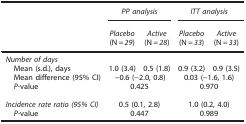
|  | <COLSPAN=2> PP analysis | <COLSPAN=2> ITT analysis |
 |  | Placebo (N=29) | Active (N=28) | Placebo (N=33) | Active (N=33) |
 | --- | --- | --- | --- | --- |
 | <COLSPAN=5> Number of days |
 | Mean (s.d.), days | 1.0 (3.4) | 0.5 (1.8) | 0.9 (3.2) | 0.9 (3.5) |
 | Mean difference (95% CI) | <COLSPAN=2> −0.6 (−2.0, 0.8) | <COLSPAN=2> 0.03 (−1.6, 1.6) |
 | P-value | <COLSPAN=2> 0.425 | <COLSPAN=2> 0.970 |
 |  |  |  |  |  |
 | Incidence rate ratio (95% CI) | <COLSPAN=2> 0.5 (0.1, 2.8) | <COLSPAN=2> 1.0 (0.2, 4.0) |
 | P-value | <COLSPAN=2> 0.447 | <COLSPAN=2> 0.989 |